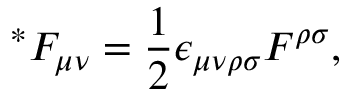
{ ^ \ast } F _ { \mu \nu } = \frac { 1 } { 2 } \epsilon _ { \mu \nu \rho \sigma } F ^ { \rho \sigma } ,